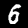
Digit: 6